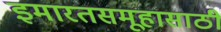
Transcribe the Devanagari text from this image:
इमारतसमूहासाठी